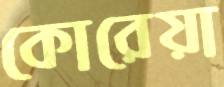
কোরেয়া